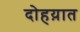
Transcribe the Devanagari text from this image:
दोहय़ात